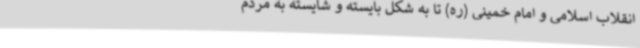
انقلاب اسلامی و امام خمینی (ره) تا به شکل بایسته و شایسته به مردم